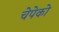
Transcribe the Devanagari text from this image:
चेपेको